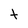
Character: t